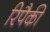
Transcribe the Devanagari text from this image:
रिपैकी